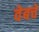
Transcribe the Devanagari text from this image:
वेबचे